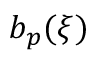
b _ { p } ( \xi )